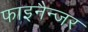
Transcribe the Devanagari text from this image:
फाइनैन्जर